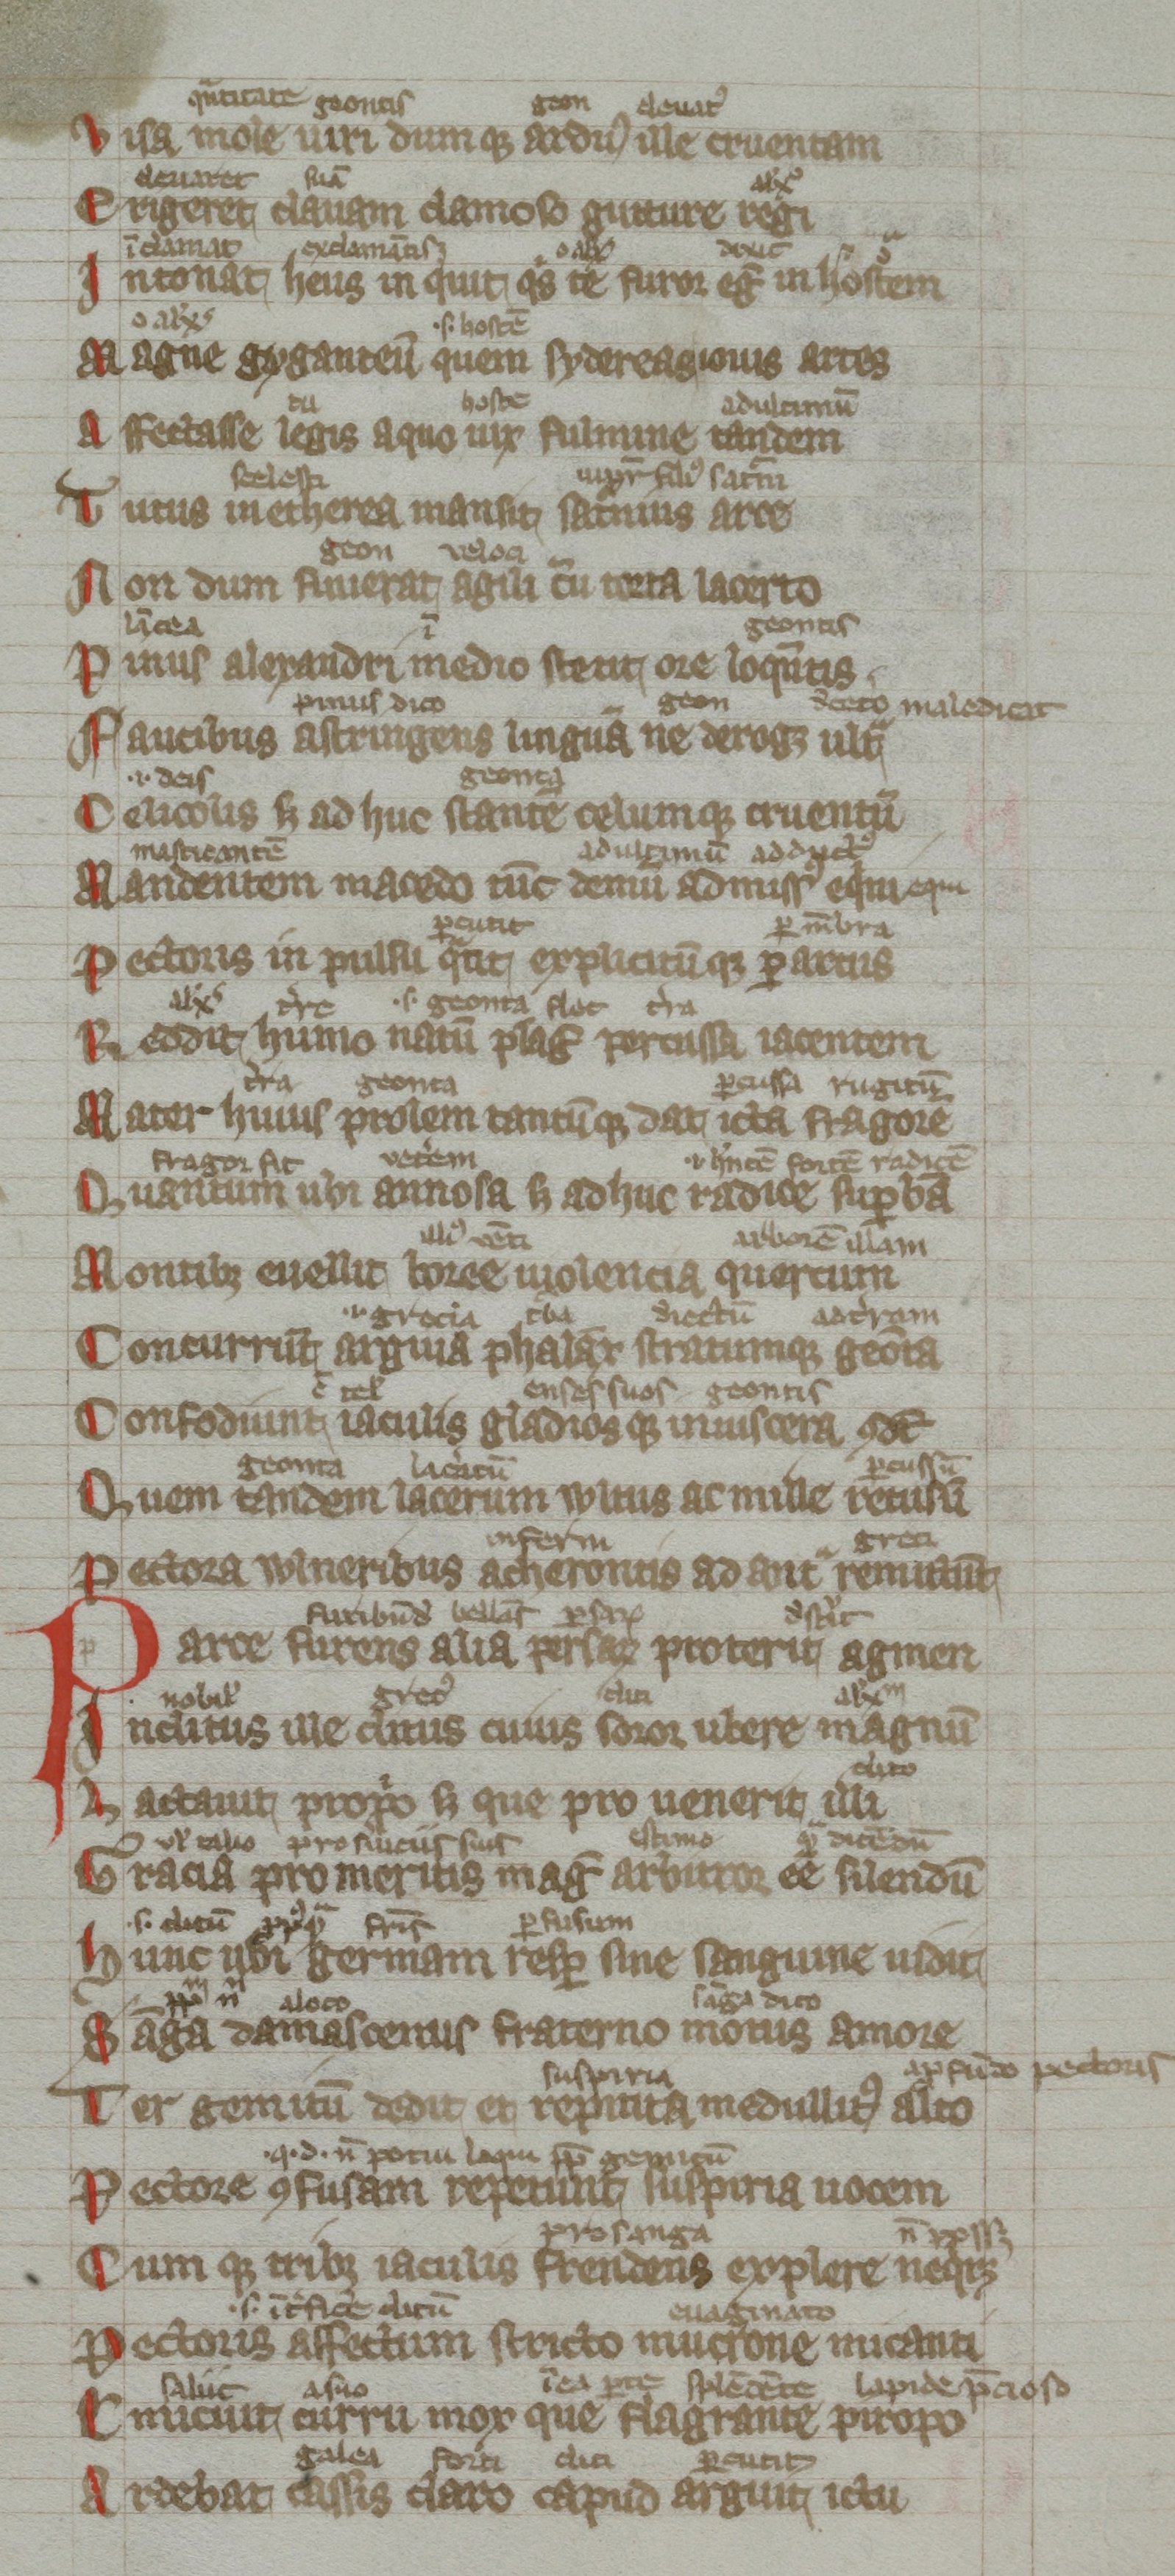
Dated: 1300–1399